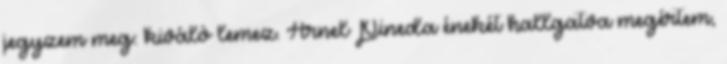
jegyzem meg: kiváló lemez. Arnel Pineda énekét hallgatva megértem,